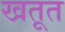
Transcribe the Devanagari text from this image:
खतूत